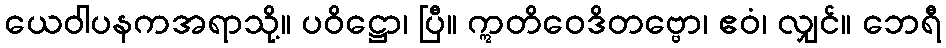
ယေဝါပနကအရာသို့။ ပဝိဋ္ဌော၊ ပြီ။ ဣတိဝေဒိတဗ္ဗော၊ ဧဝံ၊ လျှင်။ ဘေရီ